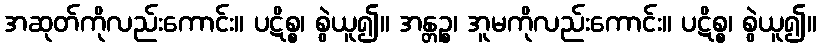
အဆုတ်ကိုလည်းကောင်း။ ပဋိစ္စ၊ စွဲယူ၍။ အန္တဉ္စ၊ အူမကိုလည်းကောင်း။ ပဋိစ္စ၊ စွဲယူ၍။